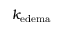
k _ { \mathrm { e d e m a } }